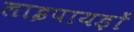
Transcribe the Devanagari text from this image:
लाइपायड़ों